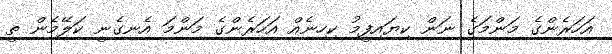
އަހަރެންގެ މަންމަގެ ނަން ކިޔައިފީމު ކިހިނެއް އަހަރެންގެ މަންމަ އެނގެނީ ކަލޭމެން ތީ